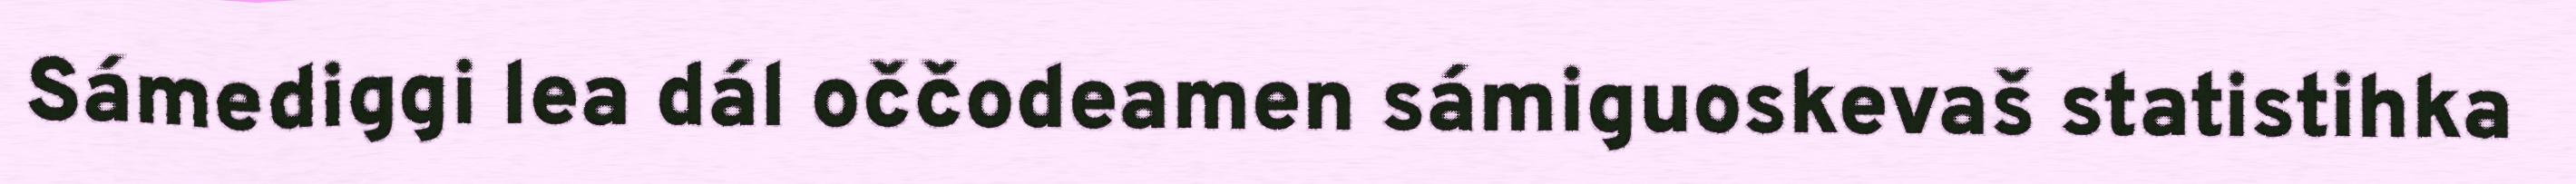
Sámediggi lea dál oččodeamen sámiguoskevaš statistihka